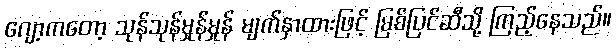
ဂျော့ကတော့ သုန်သုန်မှုန်မှုန် မျက်နှာထားဖြင့် မြစ်ပြင်ဆီသို့ ကြည့်နေသည်။